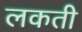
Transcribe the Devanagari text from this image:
लकती